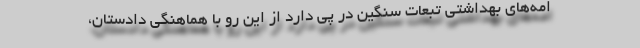
امه‌های بهداشتی تبعات سنگین در پی دارد از این رو با هماهنگی دادستان،